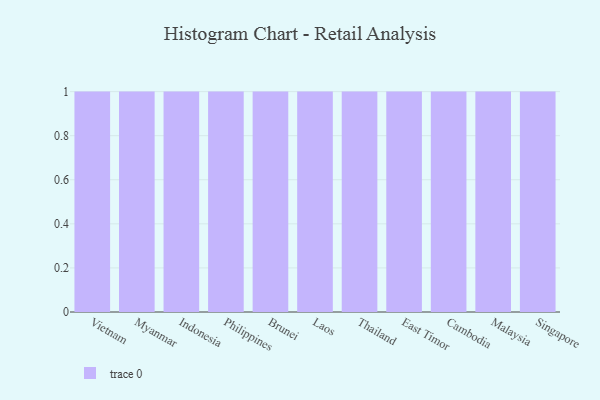
{"axis": {"x": "Country", "y": "Energy Usage (MWh)"}, "legend": [""], "data": [{"x": "Vietnam", "y": 32, "type": ""}, {"x": "Myanmar", "y": 100, "type": ""}, {"x": "Indonesia", "y": 75, "type": ""}, {"x": "Philippines", "y": 65, "type": ""}, {"x": "Brunei", "y": 69, "type": ""}, {"x": "Laos", "y": 2, "type": ""}, {"x": "Thailand", "y": 31, "type": ""}, {"x": "East Timor", "y": 18, "type": ""}, {"x": "Cambodia", "y": 22, "type": ""}, {"x": "Malaysia", "y": 84, "type": ""}, {"x": "Singapore", "y": 82, "type": ""}]}